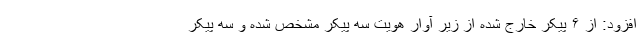
افزود: از ۶ پیکر خارج شده از زیر آوار هویت سه پیکر مشخص شده و سه پیکر